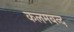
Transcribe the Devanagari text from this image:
कलमबन्द